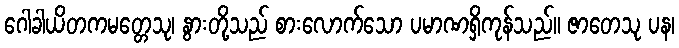
ဂေါခါယိတကမတ္တေသု၊ နွားတို့သည် စားလောက်သော ပမာဏရှိကုန်သည်။ ဇာတေသု ပန၊